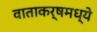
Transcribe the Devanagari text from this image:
वाताकर्षमध्ये